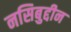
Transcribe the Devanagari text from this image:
नसिबुद्दीन